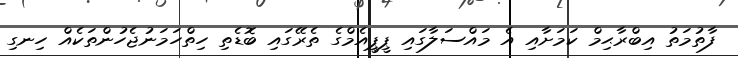
ފާތުމަތު އިބްރާޙިމް ކަމަށާއި އެ މައްސަލާގައި ޕީޕީއެމްގެ ތެރޭގައި ބޮޑެތި ހިތްހަމަނުޖެހުންތަކެއް ހިނގި